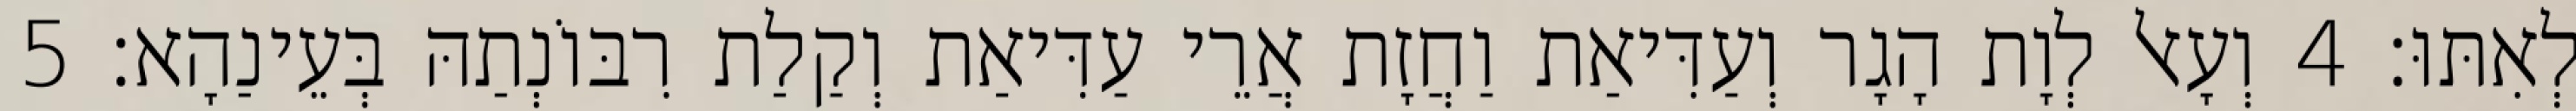
לְאִתּוּ׃ 4 וְעָאל לְוָת הָגָר וְעַדִּיאַת וַחֲזָת אֲרֵי עַדִּיאַת וְקַלַת רִבּוֹנְתַהּ בְּעֵינַהָא׃ 5